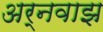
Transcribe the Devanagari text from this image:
अर्नवाझ